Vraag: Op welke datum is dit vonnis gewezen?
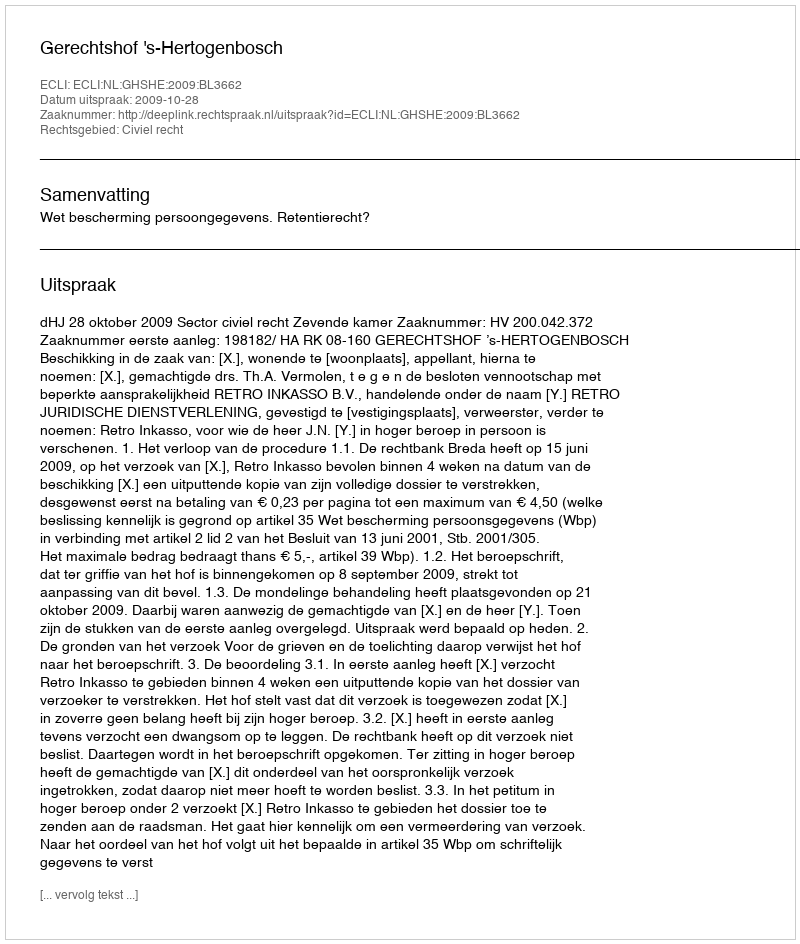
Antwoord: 2009-10-28